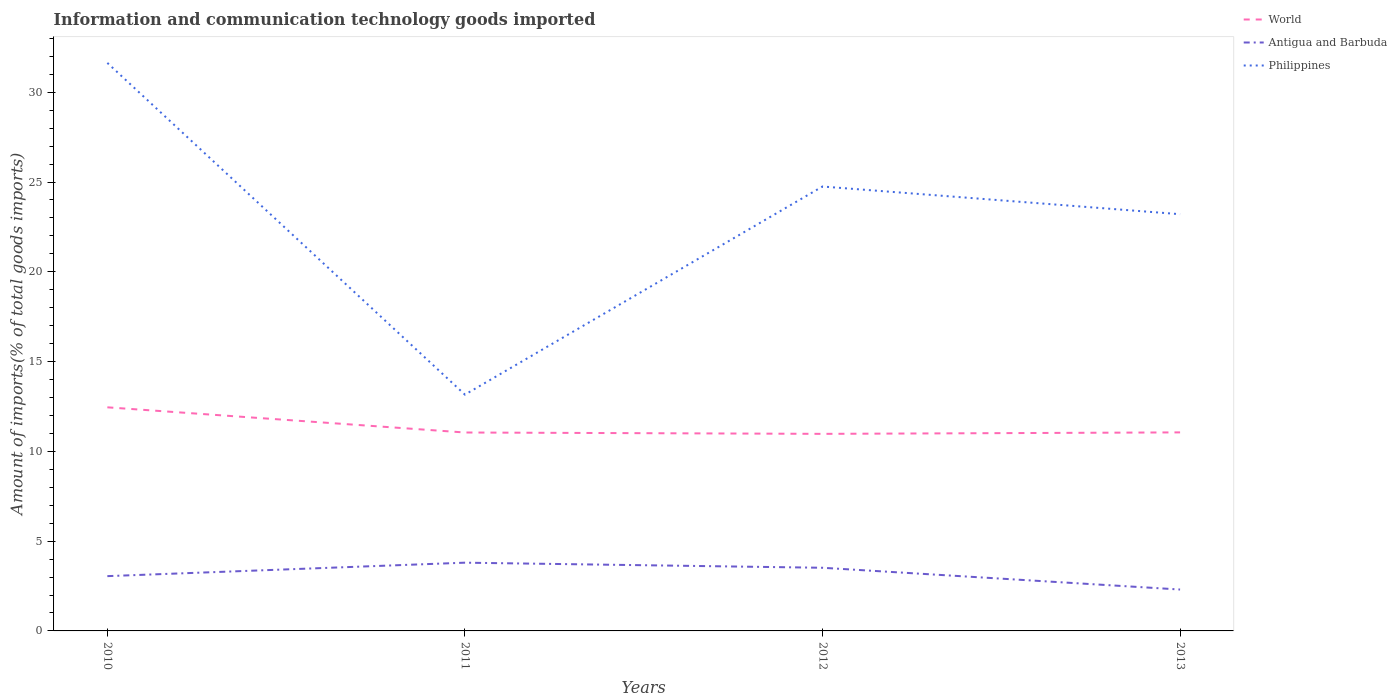
| Years | World | Antigua and Barbuda | Philippines |
 | --- | --- | --- | --- |
 | 2010 | 12.5 | 3.05 | 31.6 |
 | 2011 | 11.1 | 3.8 | 13.2 |
 | 2012 | 11 | 3.52 | 24.8 |
 | 2013 | 11.1 | 2.31 | 23.2 |